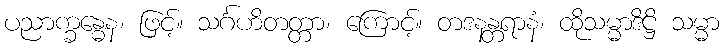
ပညာက္ခန္ဓေန၊ ဖြင့်။ သင်္ဂဟိတတ္တာ၊ ကြောင့်။ တဒနန္တရာနံ၊ ထိုသမ္မာဒိဋ္ဌိ သမ္မာ